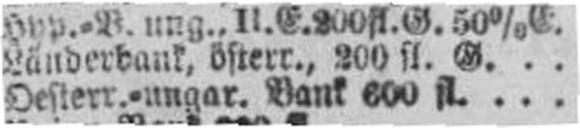
Oesterr.=ungar. Bank 600 fl.